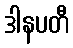
ဒါနပတီ